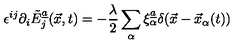
\epsilon \sp { i j } \partial _ { i } \tilde { E } _ { j } \sp { \underline { { a } } } ( \vec { x } , t ) = - { \frac { \lambda } { 2 } } \sum _ { \alpha } \xi _ { \alpha } \sp { \underline { { a } } } \delta ( \vec { x } - \vec { x } _ { \alpha } ( t ) )